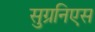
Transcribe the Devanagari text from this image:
सुग्रनिएस